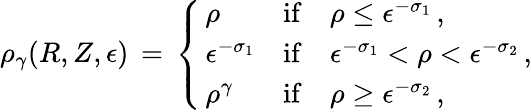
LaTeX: \rho_{\gamma}(R,Z,\epsilon)\, =\, \left\{ \begin{array}{ll}{\, \rho}&{\mathrm{if}\quad\rho\le\epsilon^{-\sigma_{1}}\, ,}\\ {\, \epsilon^{-\sigma_{1}}}&{\mathrm{if}\quad\epsilon^{-\sigma_{1}}<\rho<\epsilon^{-\sigma_{2}}\, ,}\\ {\, \rho^{\gamma}}&{\mathrm{if}\quad\rho\ge\epsilon^{-\sigma_{2}}\, ,}\end{array}\right.